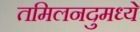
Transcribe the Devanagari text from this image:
तमिलनदुमध्ये